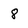
Character: 8